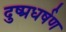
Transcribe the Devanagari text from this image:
दुष्प्रधर्षण